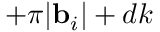
+ \pi | { \bf b } _ { i } | + d k